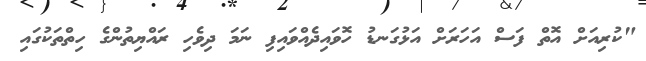
"ކުރިއަށް އޮތް ފަސް އަހަރަށް އަޅުގަނޑު ހޮވައިދެއްވައިފި ނަމަ ދިވެހި ރައްޔިތުންގެ ހިތްތަކުގައި